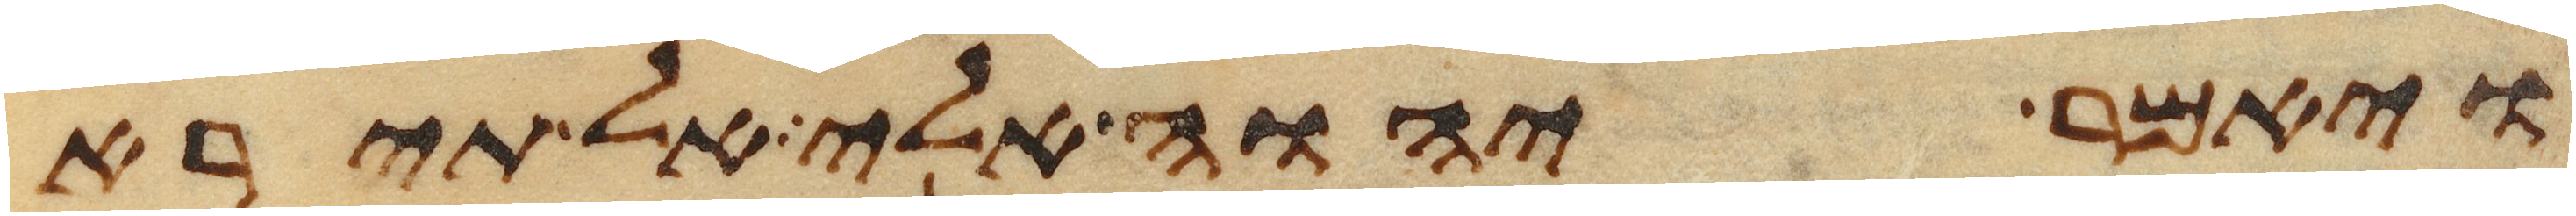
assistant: ויאמר יהוה אלי אל תירא